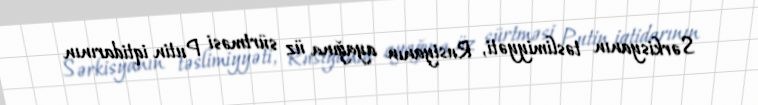
Sərkisyanın təslimiyyəti, Rusiyanın ayağına üz sürtməsi Putin iqtidarının